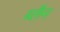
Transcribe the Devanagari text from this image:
ब्लैन